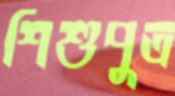
শিশুপুত্র